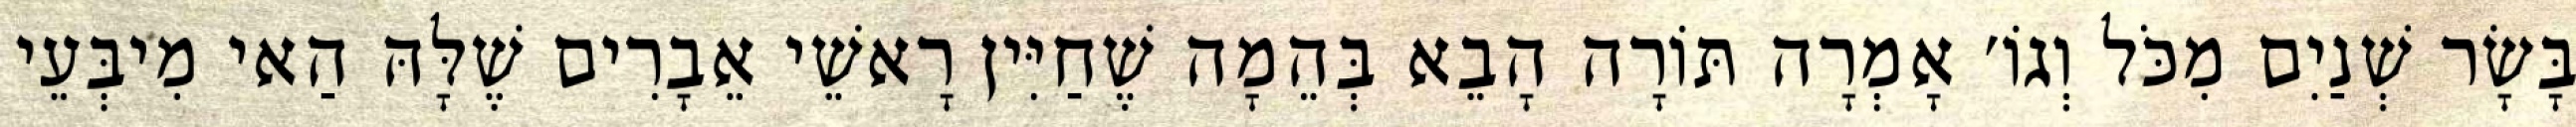
בָּשָׂר שְׁנַיִם מִכֹּל וְגוֹ׳ אָמְרָה תּוֹרָה הָבֵא בְּהֵמָה שֶׁחַיִּין רָאשֵׁי אֵבָרִים שֶׁלָּהּ הַאי מִיבְּעֵי